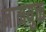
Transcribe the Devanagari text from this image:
नामयुक्त